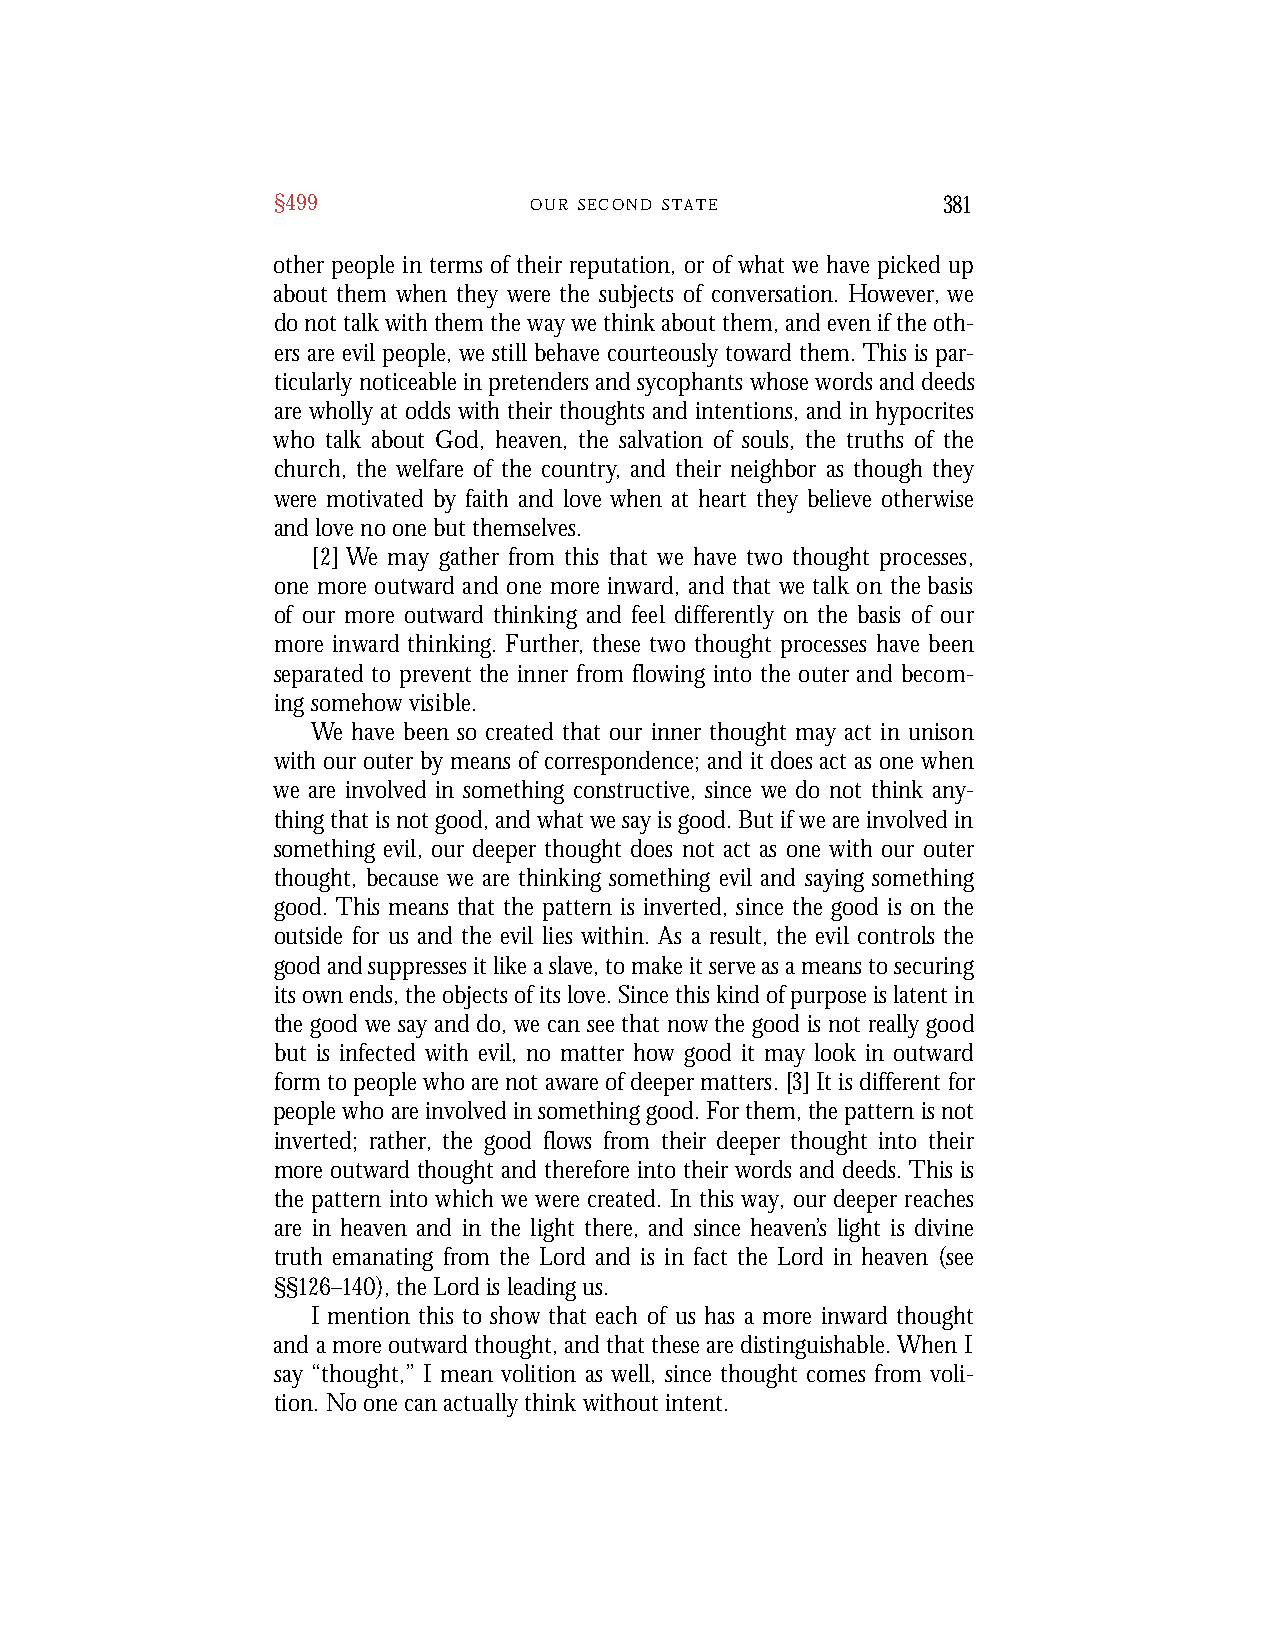
§499             O U R S E C O N D S T A T E 381
 other people in terms of their reputation, or of what we have picked up
 about them when they were the subjects of conversation. However, we
 do not talk with them the way we think about them, and even if the oth-
 ers are evil people, we still behave courteously toward them. This is par-
 ticularly noticeable in pretenders and sycophants whose words and deeds
 are wholly at odds with their thoughts and intentions, and in hypocrites
 who talk about God, heaven, the salvation of souls, the truths of the
 church, the welfare of the country, and their neighbor as though they
 were motivated by faith and love when at heart they believe otherwise
 and love no one but themselves.
 [2] We may gather from this that we have two thought pro c e s s e s ,
 one more outward and one more inward, and that we talk on the basis
 of our more outward thinking and feel differently on the basis of our
 m o re inward thinking. Fu rt h e r, these two thought processes have been
 separated to pre vent the inner from flowing into the outer and becom-
 ing somehow visible.
 We have been so created that our inner thought may act in unison
 with our outer by means of correspondence; and it does act as one when
 we are involved in something constructive, since we do not think any-
 thing that is not good, and what we say is good. But if we are involved in
 something evil, our deeper thought does not act as one with our outer
 thought, because we are thinking something evil and saying something
 good. This means that the pattern is inverted, since the good is on the
 outside for us and the evil lies within. As a result, the evil controls the
 good and suppresses it like a slave, to make it serve as a means to securing
 its own ends, the objects of its love. Since this kind of purpose is latent in
 the good we say and do, we can see that now the good is not really good
 but is infected with evil, no matter how good it may look in outward
 form to people who are not aware of deeper matters. [3] It is different for
 people who are involved in something good. For them, the pattern is not
 inverted; rather, the good flows from their deeper thought into their
 more outward thought and therefore into their words and deeds. This is
 the pattern into which we were created. In this way, our deeper reaches
 are in heaven and in the light there, and since heaven’s light is divine
 truth emanating from the Lord and is in fact the Lord in heaven (see
 §§126–140), the Lord is leading us.
 I mention this to show that each of us has a more inward thought
 and a more outward thought, and that these are distinguishable. When I
 say “thought,” I mean volition as well, since thought comes from voli-
 tion. No one can actually think without intent.